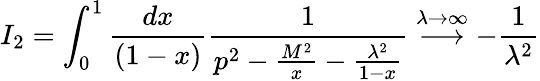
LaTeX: I_{2}=\int_{0}^{1}\frac{dx}{(1-x)}\frac{1}{p^{2}-\frac{M^{2}}{x}-\frac{\lambda^{2}}{1-x}}\stackrel{\lambda\rightarrow\infty}{\longrightarrow}-\frac{1}{\lambda^{2}}